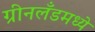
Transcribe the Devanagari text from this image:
ग्रीनलँडमध्ये